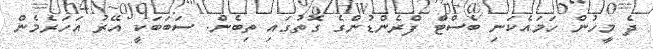
ދެ މީހުން ހަމައެކަނި ބެސްޓް ފްރެންޑުންގެ ގޮތުގައި ތިބެން. ސަބަބަކީ އޭރު އަހަރެމެން